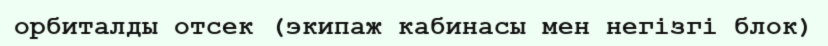
орбиталды отсек (экипаж кабинасы мен негізгі блок)